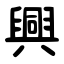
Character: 興